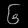
Digit: ၆